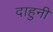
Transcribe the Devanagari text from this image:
दाहुनी